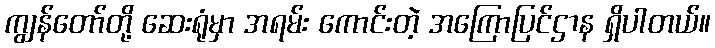
ကျွန်တော်တို့ ဆေးရုံမှာ အရမ်း ကောင်းတဲ့ အကြောပြင်ဌာန ရှိပါတယ်။